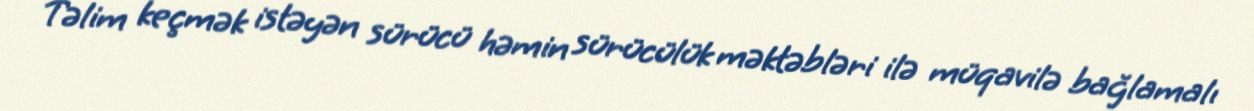
Təlim keçmək istəyən sürücü həmin sürücülük məktəbləri ilə müqavilə bağlamalı